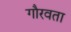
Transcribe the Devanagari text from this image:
गौरवता